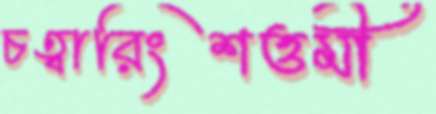
চত্বারিংশত্তমী